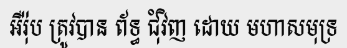
អឺរ៉ុប ត្រូវបាន ព័ទ្ធ ជុំវិញ ដោយ មហាសមុទ្រ